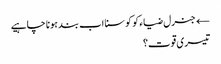
← جنرل ضیاء کو کوسنا اب بند ہونا چاہیے
تیسری قوت؟